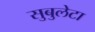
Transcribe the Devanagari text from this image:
सुबुलेटा